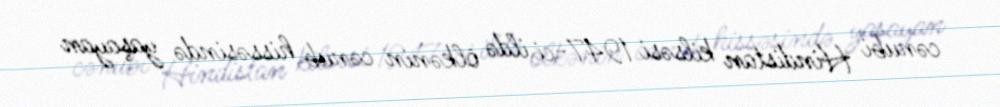
cənubi Hindistan kilsəsi 1947-ci ildə ölkənin cənub hissəsində yaşayan